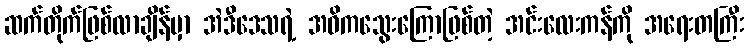
ဆက်တိုက်ဖြစ်လာချိန်မှာ အဲဒီဒေသရဲ့ အဓိကသွေးကြောဖြစ်တဲ့ အင်းလေးကန်ကို အရေးတကြီး